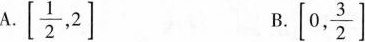
A.\left[ \frac{1}{2},2\right] B.\left[0, \frac{3}{2}\right]